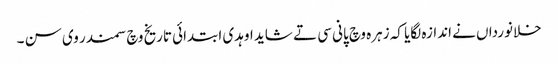
خلانورداں نے اندازہ لگایا کہ زہرہ وچ پانی سی تے شاید اوہدی ابتدائی تاریخ وچ سمندر وی سن ۔